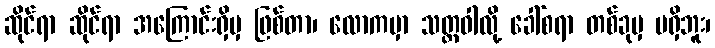
ဆိုင်ရာ ဆိုင်ရာ အကြောင်းရှိမှ ဖြစ်တာ၊ လောကမှာ သတ္တဝါလို့ ခေါ်စရာ တစ်ခုမှ မရှိဘူး၊